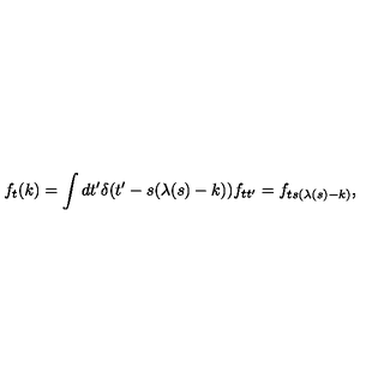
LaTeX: f _ { t } ( k ) = \int d t ^ { \prime } \delta ( t ^ { \prime } - s ( \lambda ( s ) - k ) ) f _ { t t ^ { \prime } } = f _ { t s ( \lambda ( s ) - k ) } ,